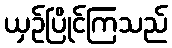
ယှဉ်ပြိုင်ကြသည်